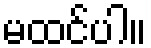
မထင်ပါ။